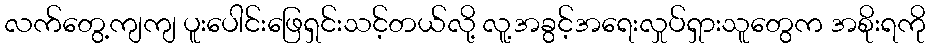
လက်တွေ့ကျကျ ပူးပေါင်းဖြေရှင်းသင့်တယ်လို့ လူ့အခွင့်အရေးလှုပ်ရှားသူတွေက အစိုးရကို